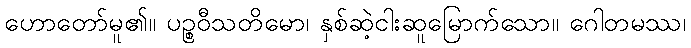
ဟောတော်မူ၏။ ပဉ္စဝီသတိမော၊ နှစ်ဆဲ့ငါးဆူမြောက်သော။ ဂေါတမဿ၊